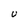
Character: U